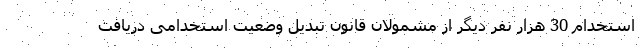
استخدام 30 هزار نفر دیگر از مشمولان قانون تبدیل وضعیت استخدامی دریافت